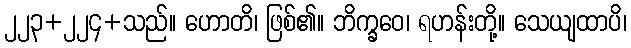
၂၂၃+၂၂၄+သည်။ ဟောတိ၊ ဖြစ်၏။ ဘိက္ခဝေ၊ ရဟန်းတို့။ သေယျထာပိ၊